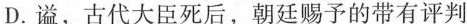
D.谥，古代大臣死后，朝廷赐予的带有评判